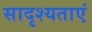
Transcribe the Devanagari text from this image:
सादृश्यताएं